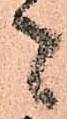
者